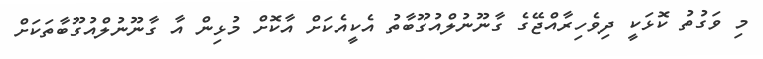
މި ވަގުތު ކޮޅަކީ ދިވެހިރާއްޖޭގެ ގާނޫނުލްއުގޫބާތު އެކީއެކަށް އާކޮށް މުޅިން އާ ގާނޫނުލްއުގޫބާތަކަށް